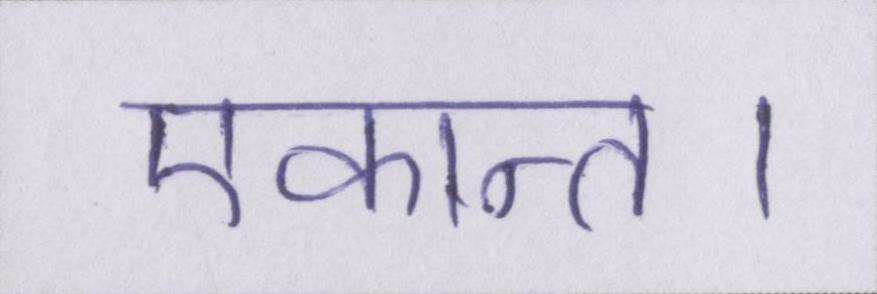
एकान्त।